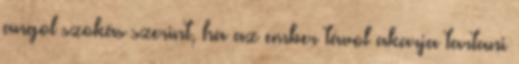
angol szokás szerint, ha az ember távol akarja tartani